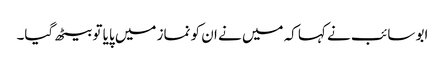
ابو سائب نے کہا کہ میں نے ان کو نماز میں پایا تو بیٹھ گیا۔